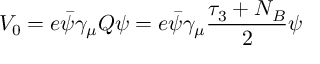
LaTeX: V _ { 0 } = e \bar { \psi } \gamma _ { \mu } Q \psi = e \bar { \psi } \gamma _ { \mu } \frac { \tau _ { 3 } + N _ { B } } { 2 } \psi